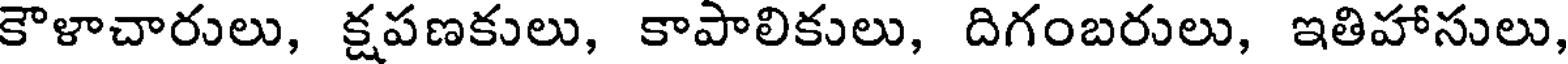
కౌళాచారులు, క్షపణకులు, కాపాలికులు, దిగంబరులు, ఇతిహాసులు,